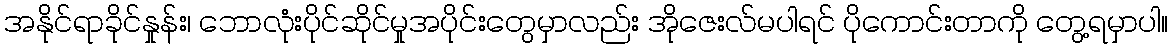
အနိုင်ရာခိုင်နှုန်း၊ ဘောလုံးပိုင်ဆိုင်မှုအပိုင်းတွေမှာလည်း အိုဇေးလ်မပါရင် ပိုကောင်းတာကို တွေ့ရမှာပါ။